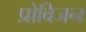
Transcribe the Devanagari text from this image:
प्रोविजन